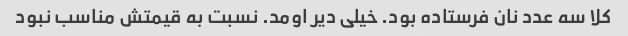
کلا سه عدد نان فرستاده بود. خیلی دیر اومد. نسبت به قیمتش مناسب نبود